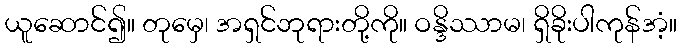
ယူဆောင်၍။ တုမှေ၊ အရှင်ဘုရားတို့ကို။ ဝန္ဒိဿာမ၊ ရှိခိုးပါကုန်အံ့။